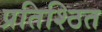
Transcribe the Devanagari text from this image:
प्रतिश्ठित